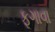
ફૂગાવા